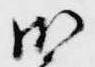
御